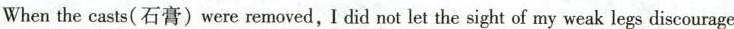
When the casts(石膏)were removed, I did not let the sight of my weak legs discourage